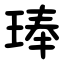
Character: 琫